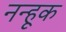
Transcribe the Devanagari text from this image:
नन्हूक